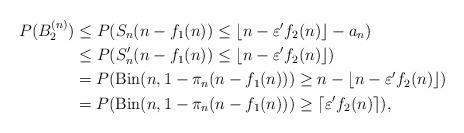
LaTeX: \begin{align*}P(B_2^{(n)})&\leq P(S_n(n-f_1(n))\leq\lfloor n-\varepsilon' f_2(n)\rfloor-a_n)\\&\leq P(S_n'(n-f_1(n))\leq\lfloor n-\varepsilon' f_2(n)\rfloor)\\&=P(\mathrm{Bin}(n,1-\pi_n(n-f_1(n)))\geq n-\lfloor n-\varepsilon' f_2(n)\rfloor)\\&=P(\mathrm{Bin}(n,1-\pi_n(n-f_1(n)))\geq\lceil\varepsilon' f_2(n)\rceil),\end{align*}